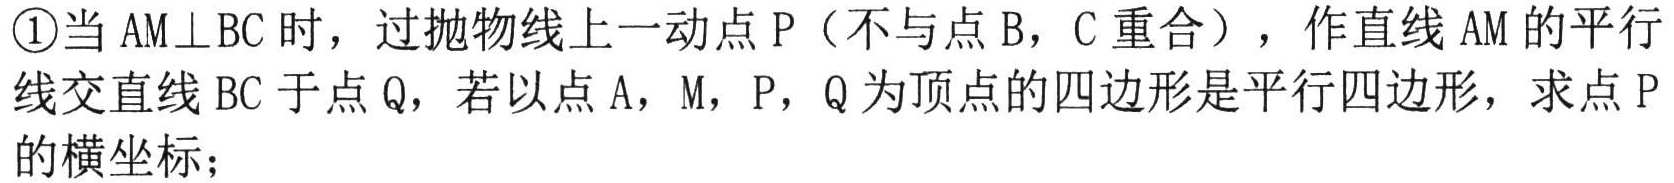
\textcircled{1}当 \(AM\perp BC\) 时，过抛物线上一动点 \(P\)（不与点 \(B\)，\(C\) 重合），作直线 \(AM\) 的平行线交直线 \(BC\) 于点 \(Q\)，若以点 \(A\)，\(M\)，\(P\)，\(Q\) 为顶点的四边形是平行四边形，求点 \(P\)的横坐标；